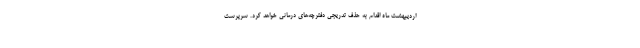
اردیبهشت ماه اقدام به حذف تدریجی دفترچه‌های درمانی خواهد کرد. سرپرست